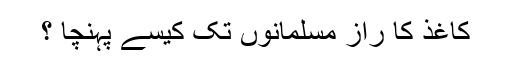
کاغذ کا راز مسلمانوں تک کیسے پہنچا ؟